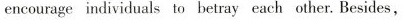
encourage individuals to betray each other. Besides,